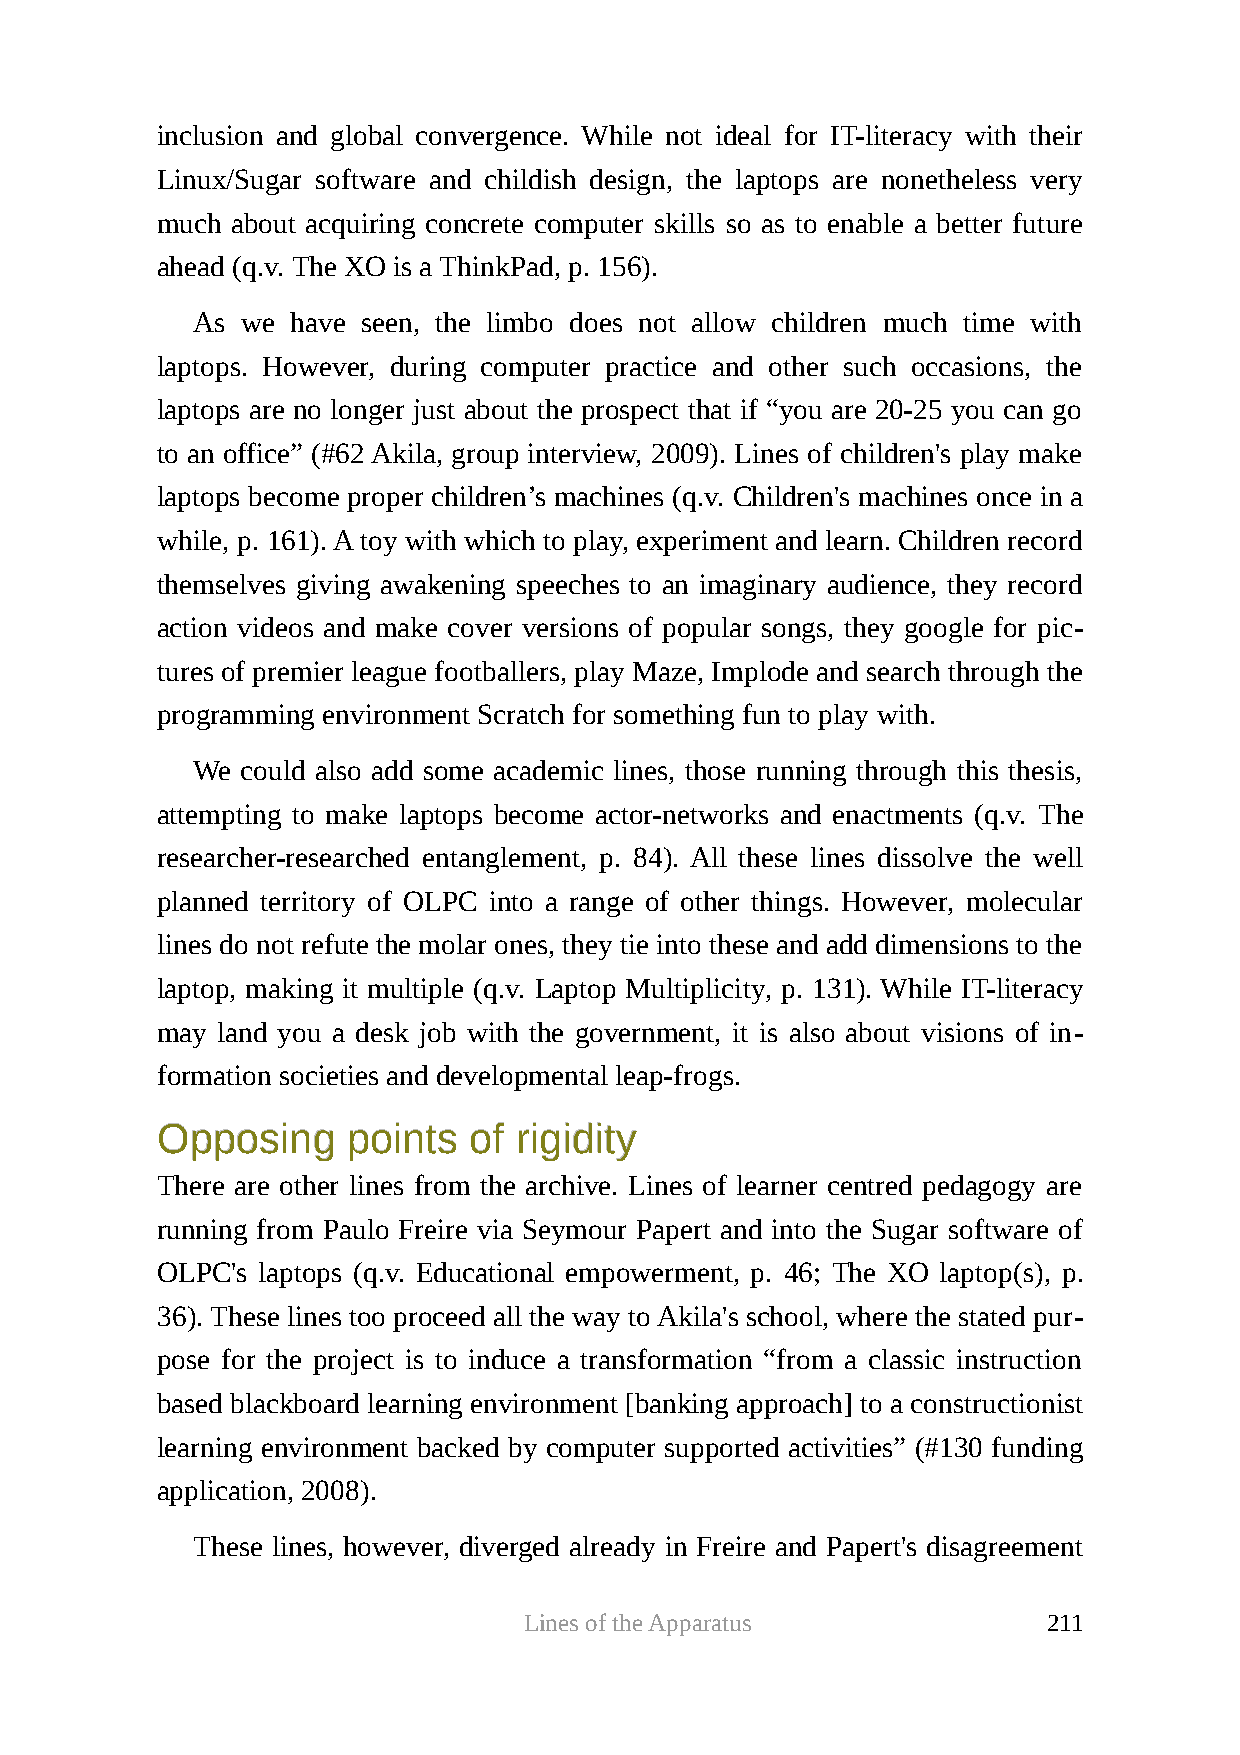
inclusion and global convergence. While not ideal for IT-literacy with their
 Linux/Sugar software and childish design, the laptops are nonetheless very
 much about acquiring concrete computer skills so as to enable a better future
 ahead (q.v. The XO is a ThinkPad, p. 156).
 As we have seen, the limbo does not allow children much time with
 laptops. However, during computer practice and other such occasions, the
 laptops are no longer just about the prospect that if “you are 20-25 you can go
 to an office” (#62 Akila, group interview, 2009). Lines of children's play make
 laptops become proper children’s machines (q.v. Children's machines once in a
 while, p. 161). A toy with which to play, experiment and learn. Children record
 themselves giving awakening speeches to an imaginary audience, they record
 action videos and make cover versions of popular songs, they google for pic-
 tures of premier league footballers, play Maze, Implode and search through the
 programming environment Scratch for something fun to play with.
 We could also add some academic lines, those running through this thesis,
 attempting to make laptops become actor-networks and enactments (q.v. The
 researcher-researched entanglement, p. 84). All these lines dissolve the well
 planned territory of OLPC into a range of other things. However, molecular
 lines do not refute the molar ones, they tie into these and add dimensions to the
 laptop, making it multiple (q.v. Laptop Multiplicity, p. 131). While IT-literacy
 may land you a desk job with the government, it is also about visions of in-
 formation societies and developmental leap-frogs.
 OOppppoossiinngg ppooiinnttss ooff rriiggiiddiittyy
 There are other lines from the archive. Lines of learner centred pedagogy are
 running from Paulo Freire via Seymour Papert and into the Sugar software of
 OLPC's laptops (q.v. Educational empowerment, p. 46; The XO laptop(s), p.
 36). These lines too proceed all the way to Akila's school, where the stated pur-
 pose for the project is to induce a transformation “from a classic instruction
 based blackboard learning environment [banking approach] to a constructionist
 learning environment backed by computer supported activities” (#130 funding
 application, 2008).
 These lines, however, diverged already in Freire and Papert's disagreement
 Lines of the Apparatus            211